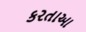
કરતાઆ